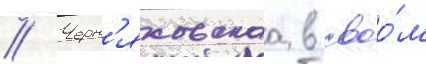
// Черн'яховскаа в своо́м